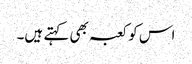
اس کو کعبہ بھی کہتے ہیں۔